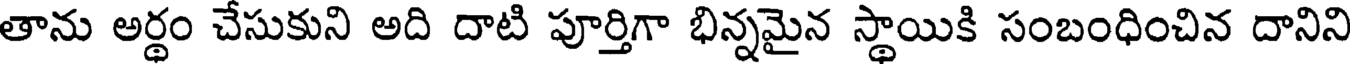
తాను అర్థం చేసుకుని అది దాటి పూర్తిగా భిన్నమైన స్థాయికి సంబంధించిన దానిని